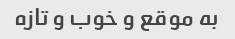
به موقع و خوب و تازه